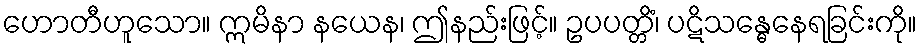
ဟောတီဟူသော။ ဣမိနာ နယေန၊ ဤနည်းဖြင့်။ ဥပပတ္တိံ၊ ပဋိသန္ဓေနေရခြင်းကို။